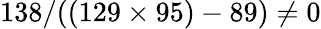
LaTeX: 138/((129\times 95)-89)\neq 0